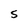
Character: S